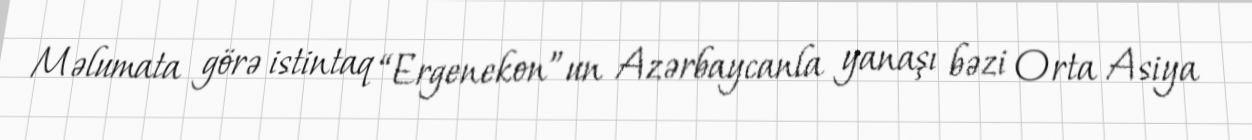
Məlumata görə istintaq “Ergenekon”un Azərbaycanla yanaşı bəzi Orta Asiya